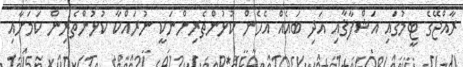
ރާއްޖޭގެ ޓީމުގައި އަޝްފާޤާއި އަދި ބައެއް އެހެން ކުޅުންތެރިންނަކީ ނުރައްކާ ކުޅުންތެރިން ކަމަށާއި